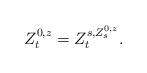
LaTeX: \begin{align*}Z^{0,z}_t = Z^{s, Z^{0,z}_s}_t.\end{align*}